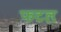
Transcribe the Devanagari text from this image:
फटल